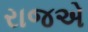
રાજએ